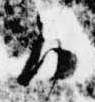
御